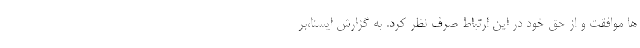
ها موافقت و از حق خود در این ارتباط صرف نظر کرد. به گزارش ایسنا،بر